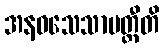
အနဝသေသာပတ္တီတိ